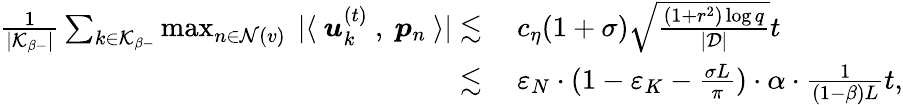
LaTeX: \begin{array}{rl}{\frac{1}{|\mathcal{K}_{\beta-}|}\sum_{k\in\mathcal{K}_{\beta-}}\operatorname*{max}_{n\in\mathcal{N}(v)}~|\langle~{\boldsymbol u}_{k}^{(t)}~,~{\boldsymbol p}_{n}~\rangle|\lesssim}&{~c_{\eta}(1+\sigma)\sqrt{\frac{(1+r^{2})\log q}{|\mathcal{D}|}}t}\\ {\lesssim}&{~\varepsilon_{N}\cdot(1-\varepsilon_{K}-\frac{\sigma L}{\pi})\cdot\alpha\cdot\frac{1}{(1-\beta)L}t,}\end{array}